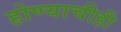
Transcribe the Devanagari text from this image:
होण्याचीही